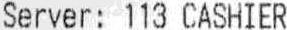
SERVER: 113 CASHIER